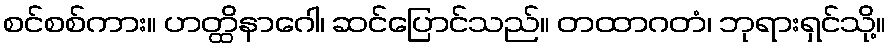
စင်စစ်ကား။ ဟတ္ထိနာဂေါ၊ ဆင်ပြောင်သည်။ တထာဂတံ၊ ဘုရားရှင်သို့။